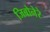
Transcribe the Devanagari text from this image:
जिबोनेरे